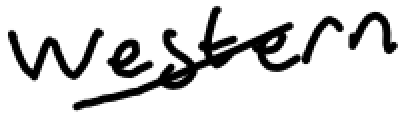
Text: western
Cross-out: diagonal
Writing tool: digital_black